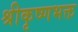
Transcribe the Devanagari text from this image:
श्रीकृष्णभक्त